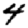
Digit: 4